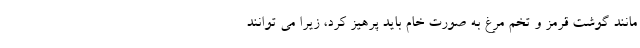
مانند گوشت قرمز و تخم مرغ به صورت خام بايد پرهيز كرد، زيرا مي توانند